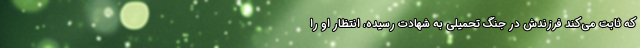
که ثابت می‌کند فرزندش در جنگ تحمیلی به شهادت رسیده، انتظار او را